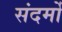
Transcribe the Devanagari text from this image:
संदर्मों